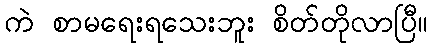
ကဲ စာမရေးရသေးဘူး စိတ်တိုလာပြီ။